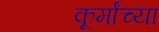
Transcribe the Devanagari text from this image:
कूर्मांच्या